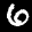
Label: 6